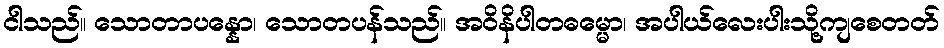
ငါသည်။ သောတာပန္နော၊ သောတပန်သည်။ အဝိနိပါတဓမ္မော၊ အပါယ်လေးပါးသို့ကျစေတတ်